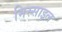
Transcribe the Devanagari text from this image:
मिस्साइल